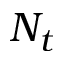
N _ { t }